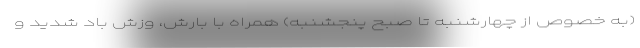
(به خصوص از چهارشنبه تا صبح پنجشنبه) همراه با بارش، وزش باد شدید و